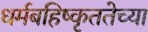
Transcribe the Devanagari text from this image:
धर्मबहिष्कृततेच्या